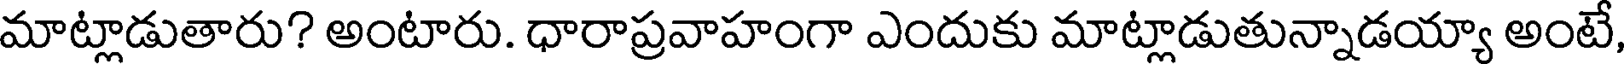
మాట్లాడుతారు? అంటారు. ధారాప్రవాహంగా ఎందుకు మాట్లాడుతున్నాడయ్యా అంటే